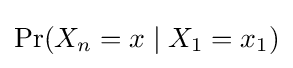
\Pr(X_{n}=x\mid X_{1}=x_{1})